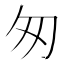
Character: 匆